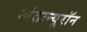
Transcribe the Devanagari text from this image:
अंतःन्यूरॉन